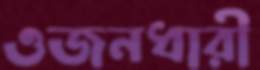
ওজনধারী